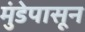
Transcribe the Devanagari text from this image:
मुंडेपासून